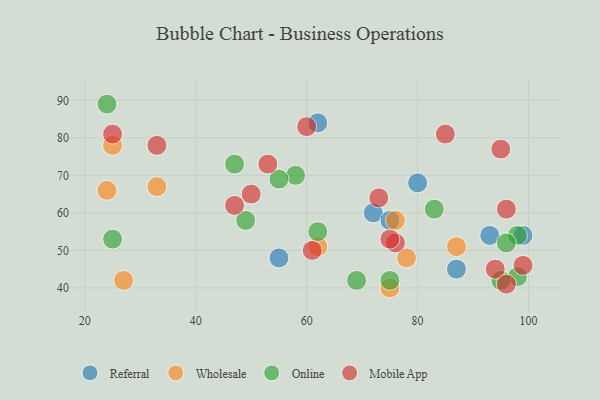
{"axis": {"x": "GDP", "y": "Life Expectancy"}, "legend": ["Mobile App", "Online", "Referral", "Wholesale"], "data": [{"x": "55", "y": 48, "type": "Referral"}, {"x": "72", "y": 60, "type": "Referral"}, {"x": "93", "y": 54, "type": "Referral"}, {"x": "87", "y": 45, "type": "Referral"}, {"x": "80", "y": 68, "type": "Referral"}, {"x": "99", "y": 54, "type": "Referral"}, {"x": "75", "y": 58, "type": "Referral"}, {"x": "62", "y": 84, "type": "Referral"}, {"x": "27", "y": 42, "type": "Wholesale"}, {"x": "25", "y": 78, "type": "Wholesale"}, {"x": "33", "y": 67, "type": "Wholesale"}, {"x": "62", "y": 51, "type": "Wholesale"}, {"x": "75", "y": 40, "type": "Wholesale"}, {"x": "78", "y": 48, "type": "Wholesale"}, {"x": "76", "y": 58, "type": "Wholesale"}, {"x": "24", "y": 66, "type": "Wholesale"}, {"x": "87", "y": 51, "type": "Wholesale"}, {"x": "24", "y": 89, "type": "Online"}, {"x": "58", "y": 70, "type": "Online"}, {"x": "62", "y": 55, "type": "Online"}, {"x": "98", "y": 43, "type": "Online"}, {"x": "55", "y": 69, "type": "Online"}, {"x": "47", "y": 73, "type": "Online"}, {"x": "25", "y": 53, "type": "Online"}, {"x": "98", "y": 54, "type": "Online"}, {"x": "96", "y": 52, "type": "Online"}, {"x": "95", "y": 42, "type": "Online"}, {"x": "69", "y": 42, "type": "Online"}, {"x": "49", "y": 58, "type": "Online"}, {"x": "83", "y": 61, "type": "Online"}, {"x": "75", "y": 42, "type": "Online"}, {"x": "94", "y": 45, "type": "Mobile App"}, {"x": "47", "y": 62, "type": "Mobile App"}, {"x": "25", "y": 81, "type": "Mobile App"}, {"x": "76", "y": 52, "type": "Mobile App"}, {"x": "61", "y": 50, "type": "Mobile App"}, {"x": "95", "y": 77, "type": "Mobile App"}, {"x": "96", "y": 41, "type": "Mobile App"}, {"x": "75", "y": 53, "type": "Mobile App"}, {"x": "50", "y": 65, "type": "Mobile App"}, {"x": "96", "y": 61, "type": "Mobile App"}, {"x": "85", "y": 81, "type": "Mobile App"}, {"x": "33", "y": 78, "type": "Mobile App"}, {"x": "73", "y": 64, "type": "Mobile App"}, {"x": "99", "y": 46, "type": "Mobile App"}, {"x": "53", "y": 73, "type": "Mobile App"}, {"x": "60", "y": 83, "type": "Mobile App"}]}